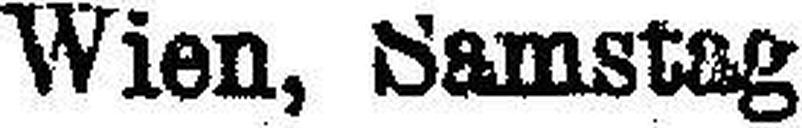
Wien, Samstag